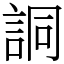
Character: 詷